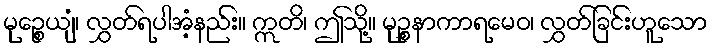
မုဉ္စေယျံ၊ လွှတ်ရပါအံ့နည်း။ ဣတိ၊ ဤသို့။ မုဉ္စနာကာရမေဝ၊ လွှတ်ခြင်းဟူသော